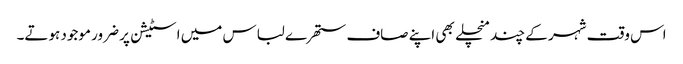
اس وقت شہر کے چند منچلے بھی اپنے صاف ستھرے لباس میں اسٹیشن پر ضرور موجود ہوتے۔